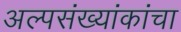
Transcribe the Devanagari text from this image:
अल्पसंख्यांकांचा